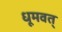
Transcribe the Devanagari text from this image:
धूमवत्